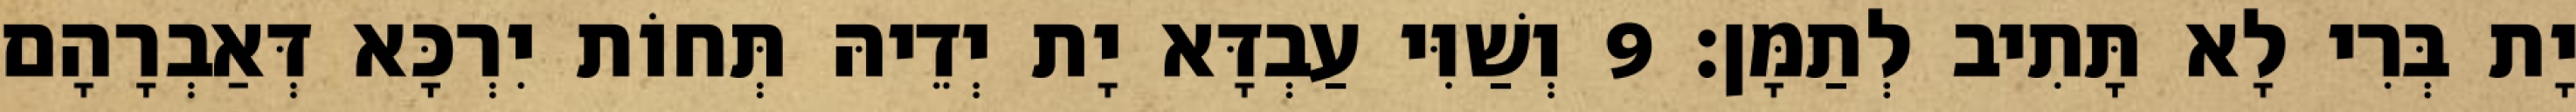
יָת בְּרִי לָא תָּתִיב לְתַמָּן׃ 9 וְשַׁוִּי עַבְדָּא יָת יְדֵיהּ תְּחוֹת יִרְכָּא דְּאַבְרָהָם